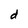
Character: d